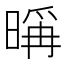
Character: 𣉁